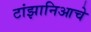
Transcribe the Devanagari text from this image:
टांझानिआचे